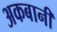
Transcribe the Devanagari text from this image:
अकबानी